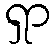
ရှာ